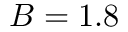
B = 1 . 8